Plague in India, 1896, 1897 - Volume 1
Year: 1896
Disease focus: Plague
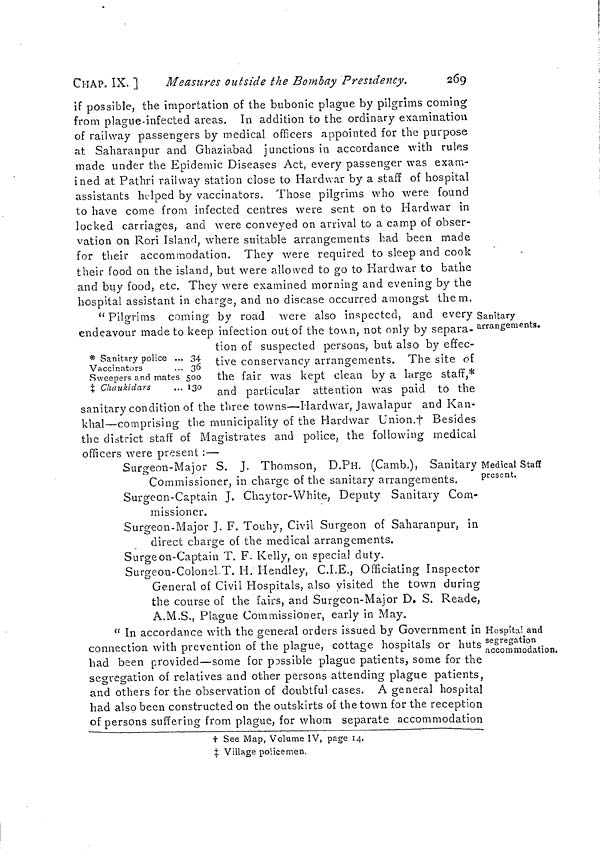
CHAP. IX. ]
Measures outside the Bombay Presidency.
269
if possible, the importation of the bubonic plague by pilgrims coming
from plague-infected areas. In addition to the ordinary examination
of railway passengers by medical officers appointed for the purpose
at Saharanpur and Ghaziabad junctions in accordance with rules
made under the Epidemic Diseases Act, every passenger was exam-
ined at Pathri railway station close to Hardwar by a staff of hospital
assistants helped by vaccinators. Those pilgrims who were found
to have come from infected centres were sent on to Hardwar in
locked carriages, and were conveyed on arrival to a camp of obser-
vation on Rori Island, where suitable arrangements had been made
for their accommodation. They were required to sleep and cook
their food on the island, but were allowed to go to Hardwar to bathe
and buy food, etc. They were examined morning and evening by the
hospital assistant in charge, and no disease occurred amongst them.
Sanitary
arrangements.
* Sanitary police ...
Vaccinators
Sweepers and mates
‡ Cliaukidars
34
36
500
130
" Pilgrims coming by road were also inspected, and every
endeavour made to keep infection out of the town, not only by separa-
tion of suspected persons, but also by effec-
tive conservancy arrangements. The site of
the fair was kept clean by a large staff,*
and particular attention was paid to the
sanitary condition of the three towns—Hardwar, Jawalapur and Kan-
khal—comprising the municipality of the Hardwar Union.† Besides
the district staff of Magistrates and police, the following medical
officers were present :—
Medical Staff
present.
Surgeon-Major S. J. Thomson, D.PH. (Camb.), Sanitary
Commissioner, in charge of the sanitary arrangements.
Surgeon-Captain J. Chaytor-White, Deputy Sanitary Com-
missioner.
Surgeon-Major J. F. Touhy, Civil Surgeon of Saharanpur, in
direct charge of the medical arrangements.
Surgeon-Captain T. F. Kelly, on special duty.
Surgeon-Colonel.T. H. Hendley, C.I.E., Officiating Inspector
General of Civil Hospitals, also visited the town during
the course of the fairs, and Surgeon-Major D. S. Reade,
A.M.S., Plague Commissioner, early in May.
Hospital and
segregation
accommodation.
" In accordance with the general orders issued by Government in
connection with prevention of the plague, cottage hospitals or huts
had been provided—some for posssible plague patients, some for the
segregation of relatives and other persons attending plague patients,
and others for the observation of doubtful cases. A general hospital
had also been constructed on the outskirts of the town for the reception
of persons suffering from plague, for whom separate accommodation
† See Map, Volume IV, page 14.
‡ Village policemen.